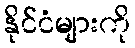
နိုင်ငံများကို